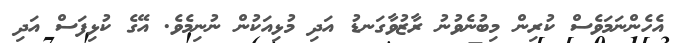
އެހެންނަމަވެސް ކުރިން މިބުނެވުނު ރާޒުވާގަނޑު އަދި މުޅިއަކުން ނުނިމެވެ. އޭގެ ކުޅިފަސް އަދި